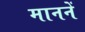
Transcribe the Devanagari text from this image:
माननें